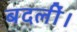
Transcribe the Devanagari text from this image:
बदलीं।